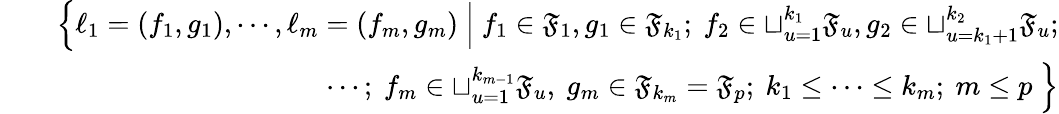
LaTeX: \begin{array}{rlr}&{}&{\Big\{ \ell_{1}=(f_{1},g_{1}),\cdots,\ell_{m}=(f_{m},g_{m})\ \Big|\ f_{1}\in{\mathfrak{F}}_{1},g_{1}\in{\mathfrak{F}}_{k_{1}};\ f_{2}\in\sqcup_{u=1}^{k_{1}}{\mathfrak{F}}_{u},g_{2}\in\sqcup_{u=k_{1}+1}^{k_{2}}{{\mathfrak{F}}_{u}};}\\ &{}&{\quad\quad\quad\cdots;\ f_{m}\in\sqcup_{u=1}^{k_{m-1}}{\mathfrak{F}}_{u},\ g_{m}\in{\mathfrak{F}}_{k_{m}}={\mathfrak{F}}_{p};\ k_{1}\le\cdots\le k_{m};\ m\le p\ \Big\} }\end{array}